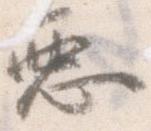
悪